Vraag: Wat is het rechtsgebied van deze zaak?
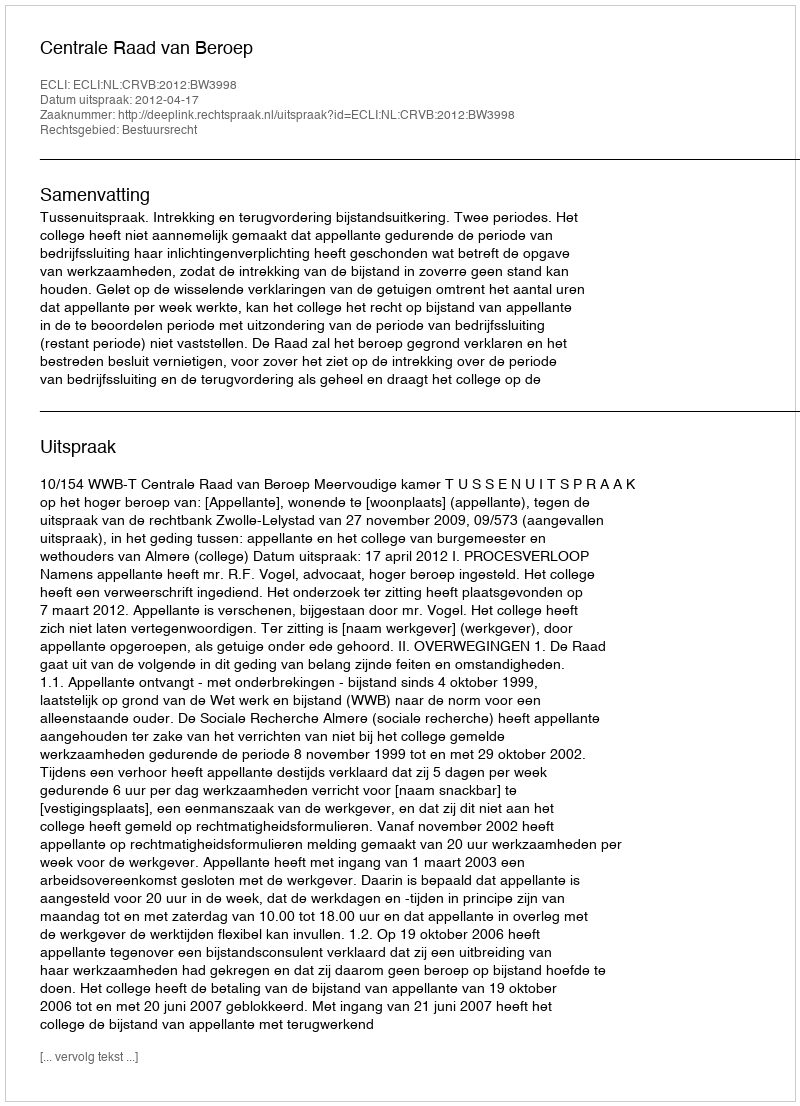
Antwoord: Bestuursrecht